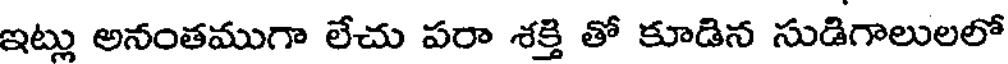
ఇట్లు అనంతముగా లేచు పరా శక్తి తో కూడిన సుడిగాలులలో